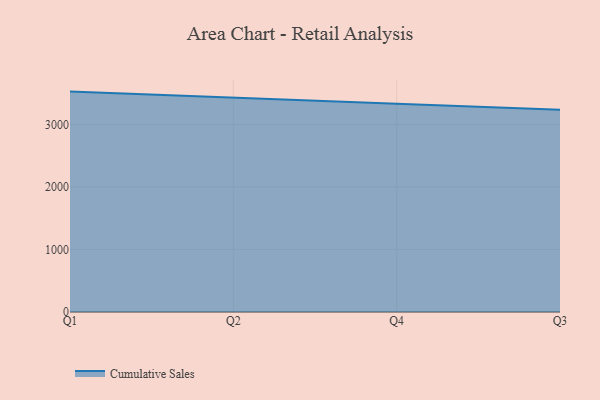
{"axis": {"x": "Quarter", "y": "Energy Usage (MWh)"}, "legend": ["Cumulative Sales"], "data": [{"x": "Q1", "y": 3526.9, "type": "Cumulative Sales"}, {"x": "Q2", "y": 3434.5, "type": "Cumulative Sales"}, {"x": "Q4", "y": 3330.8, "type": "Cumulative Sales"}, {"x": "Q3", "y": 3237.0, "type": "Cumulative Sales"}]}